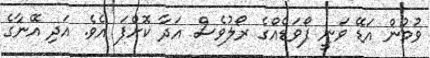
ވުމުން އަޑޭ ވަނީ ފޯވަޑެއްގެ ރޯލުވެސް އަދާ ކޮށްފަ އެވެ. އަދި އޭނާގެ